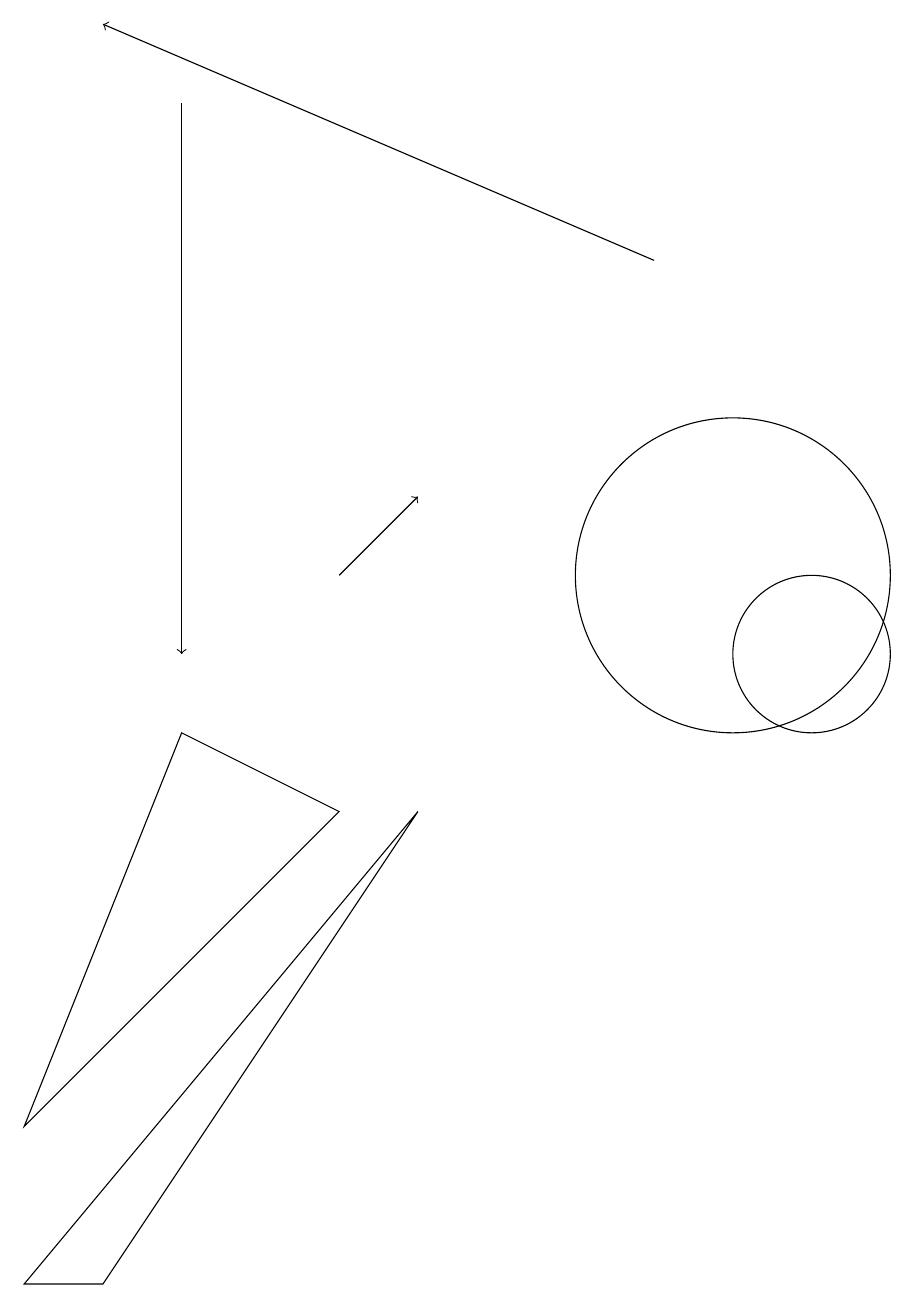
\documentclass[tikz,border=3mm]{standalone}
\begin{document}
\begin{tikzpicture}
\draw (11,10) circle (1);
\draw (10,11) circle (2);
\draw[->] (5,11) -- (6,12);
\draw (1,4) -- (3,9) -- (5,8) -- cycle;
\draw[->] (3,17) -- (3,10);
\draw (2,2) -- (6,8) -- (1,2) -- cycle;
\draw[->] (9,15) -- (2,18);
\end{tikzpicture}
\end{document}